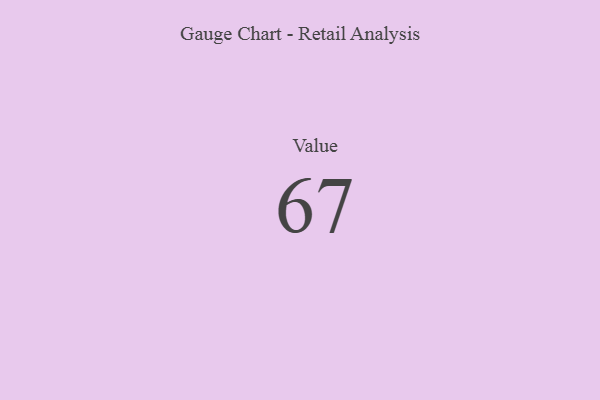
{"axis": {"x": "Metric", "y": "Value"}, "legend": [""], "data": [{"x": "Value", "y": 67, "type": ""}]}